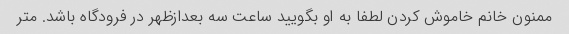
ممنون خانم خاموش کردن لطفا به او بگویید ساعت سه بعدازظهر در فرودگاه باشد. متر